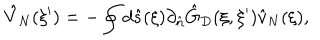
{ \hat { V } _ { N } } ( \xi ^ { \prime } ) = - \oint { d } \hat { s } ( \xi ) { \partial _ { \hat { n } } } { \hat { G } _ { D } } ( \xi , \xi ^ { \prime } ) { \hat { v } _ { N } } ( \xi ) ,